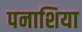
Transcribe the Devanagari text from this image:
पनाशिया